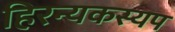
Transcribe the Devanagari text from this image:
हिरन्यकस्यप